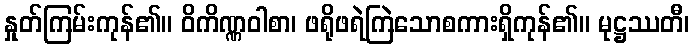
နှုတ်ကြမ်းကုန်၏။ ဝိကိဏ္ဏဝါစာ၊ ဖရိုဖရဲကြဲသောစကားရှိကုန်၏။ မုဋ္ဌဿတီ၊